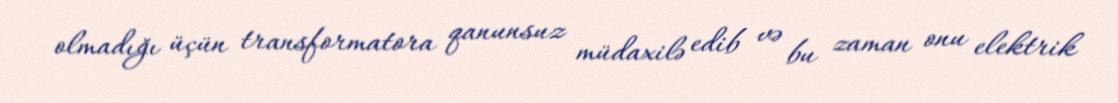
olmadığı üçün transformatora qanunsuz müdaxilə edib və bu zaman onu elektrik